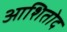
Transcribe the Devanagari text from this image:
आशितोद